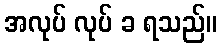
အလုပ် လုပ် ခ ရသည်။